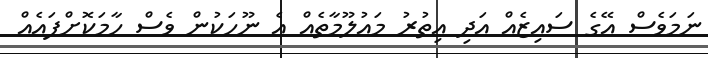
ނަމަވެސް އޭގެ ސައިޒެއް އަދި އިތުރު މައުލޫމާތެއް އެ ނޫހަކުން ވެސް ހާމަކޮށްފައެއް